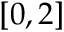
[ 0 , 2 ]